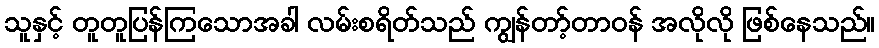
သူနှင့် တူတူပြန်ကြသောအခါ လမ်းစရိတ်သည် ကျွန်တာ့်တာဝန် အလိုလို ဖြစ်နေသည်။